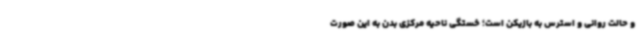
و حالت روانی و استرس به بازیکن است؛ خستگی ناحیه مرکزی بدن به این صورت